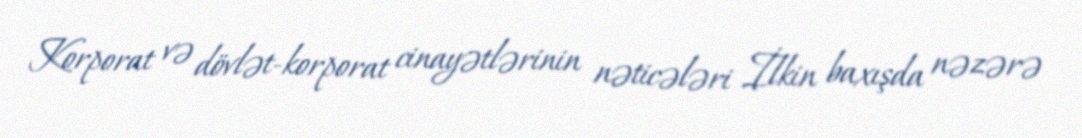
Korporat və dövlət-korporat cinayətlərinin nəticələri İlkin baxışda nəzərə